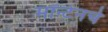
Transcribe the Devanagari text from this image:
मॉन्टेनचे